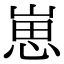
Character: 崽